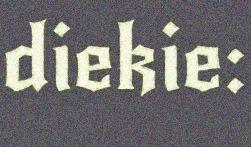
diekie: